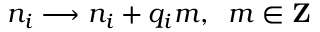
n _ { i } \longrightarrow n _ { i } + q _ { i } m , \; \; m \in { \bf Z }